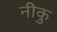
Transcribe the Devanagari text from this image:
नीकु